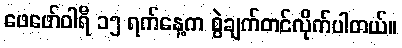
ဖေဖော်ဝါရီ ၁၅ ရက်နေ့က စွဲချက်တင်လိုက်ပါတယ်။